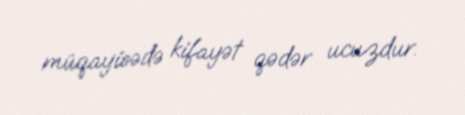
müqayisədə kifayət qədər ucuzdur.